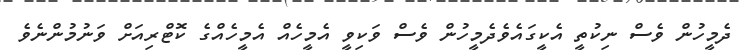
ދެމީހުން ވެސް ނިކުތީ އެކީގައެވެދެމީހުން ވެސް ވަކިވީ އެމީހެއް އެމީހެއްގެ ކޮޓްރިއަށް ވަނުމުންނެވެ